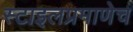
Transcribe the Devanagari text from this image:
स्टाइलप्रमाणेच